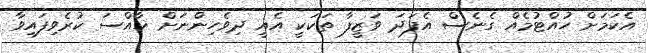
އެކަމަށް ހުއްޓުމެއް ގެނެސް އެފަދަ ވަޒީފާ ތަކަކީ އެއީ ދިވެހިންނަށް ޚާއްސަ ކުރެވިފައިވާ